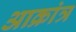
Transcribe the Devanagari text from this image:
आक्रांत्र